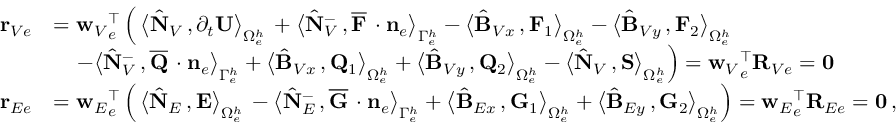
\begin{array} { r l } { { \bf r } _ { V e } } & { = { { \bf w } _ { V } } _ { e } ^ { \top } \left( \, \big \langle \hat { \bf N } _ { V } \, , \partial _ { { t } } { \bf U } \big \rangle _ { \Omega _ { e } ^ { h } } \, + \big \langle \hat { \bf N } _ { V } ^ { - } \, , \overline { { { \bf F } } } \, \cdot { { \bf n } } _ { e } \big \rangle _ { \Gamma _ { e } ^ { h } } - \big \langle \hat { \bf B } _ { V x } \, , { \bf F } _ { 1 } \big \rangle _ { \Omega _ { e } ^ { h } } - \big \langle \hat { \bf B } _ { V y } \, , { \bf F } _ { 2 } \big \rangle _ { \Omega _ { e } ^ { h } } \right. } \\ & { \quad \left. - \big \langle \hat { \bf N } _ { V } ^ { - } \, , \overline { { { \bf Q } } } \, \cdot { { \bf n } } _ { e } \big \rangle _ { \Gamma _ { e } ^ { h } } + \big \langle \hat { \bf B } _ { V x } \, , { \bf Q } _ { 1 } \big \rangle _ { \Omega _ { e } ^ { h } } + \big \langle \hat { \bf B } _ { V y } \, , { \bf Q } _ { 2 } \big \rangle _ { \Omega _ { e } ^ { h } } - \big \langle \hat { \bf N } _ { V } \, , { \bf S } \big \rangle _ { \Omega _ { e } ^ { h } } \right) = { { \bf w } _ { V } } _ { e } ^ { \top } { \bf R } _ { V e } = { \bf 0 } } \\ { { \bf r } _ { E e } } & { = { { \bf w } _ { E } } _ { e } ^ { \top } \left( \, \big \langle \hat { \bf N } _ { E } \, , { \bf E } \big \rangle _ { \Omega _ { e } ^ { h } } \, - \big \langle \hat { \bf N } _ { E } ^ { - } \, , \overline { { { \bf G } } } \, \cdot { { \bf n } } _ { e } \big \rangle _ { \Gamma _ { e } ^ { h } } + \big \langle \hat { \bf B } _ { E x } \, , { \bf G } _ { 1 } \big \rangle _ { \Omega _ { e } ^ { h } } + \big \langle \hat { \bf B } _ { E y } \, , { \bf G } _ { 2 } \big \rangle _ { \Omega _ { e } ^ { h } } \right) = { { \bf w } _ { E } } _ { e } ^ { \top } { \bf R } _ { E e } = { \bf 0 } \, , } \end{array}